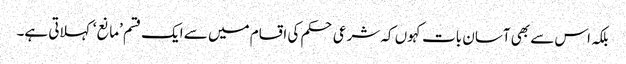
بلکہ اس سے بھی آسان بات کہوں کہ شرعی حکم کی اقسام میں سے ایک قسم ’مانع‘ کہلاتی ہے۔